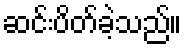
ဆင်းပိတ်ခဲ့သည်။